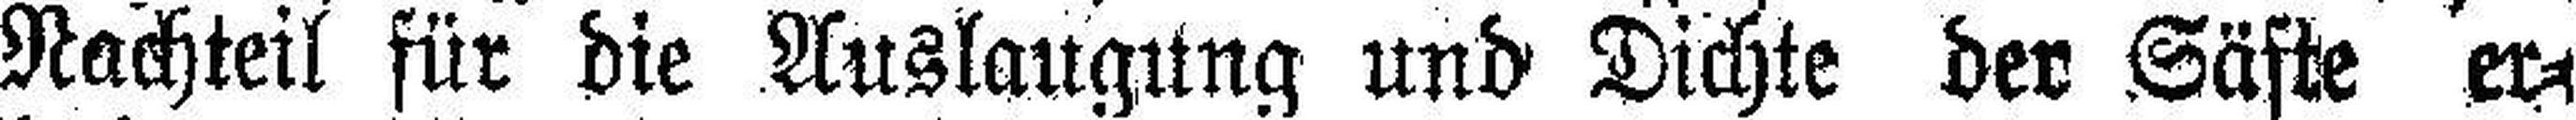
Nachteil für die Auslaugung und Dichte dev Säfte er¬